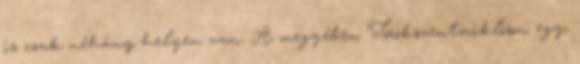
is csak néhány helyen van. A megyében Törökszentmiklóson egy,